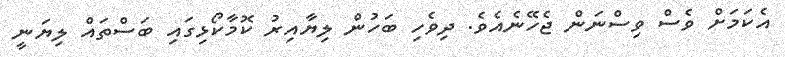
އެކަމަށް ވެސް ވިސްނަން ޖެހޭނެއެވެ. ދިވެހި ބަހުން ލިޔާއިރު ކޮމާކޯޅިގައި ބަސްތައް ލިޔަނީ